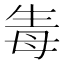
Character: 𤯟